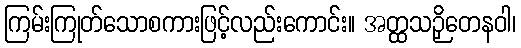
ကြမ်းကြုတ်သောစကားဖြင့်လည်းကောင်း။ အတ္ထသဉှိတေနဝါ၊